Veterinary regulations India, 1925 -
Year: 1925
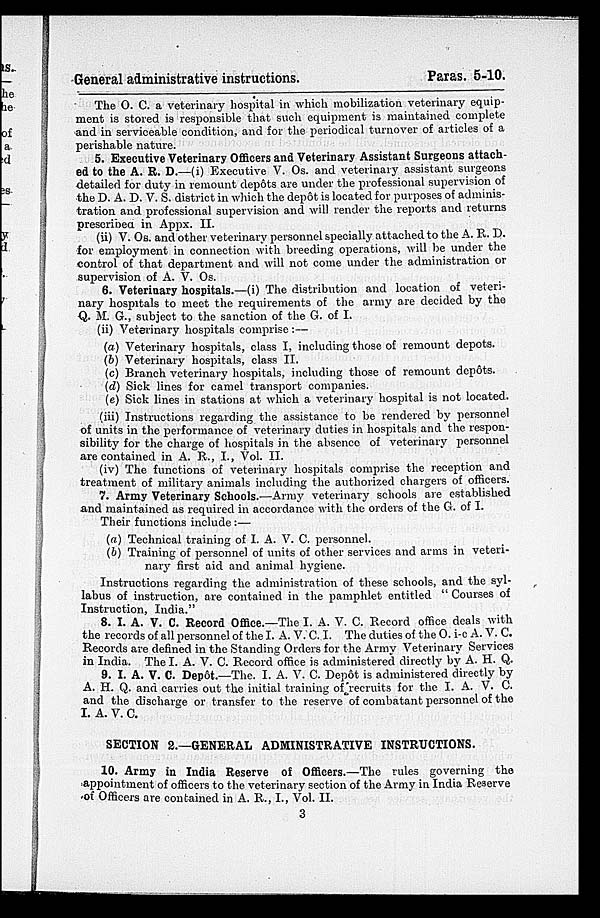
General administrative instructions.
Paras. 5-10.
The O. C. a veterinary hospital in which mobilization veterinary equip-
ment is stored is responsible that such equipment is maintained complete
and in serviceable condition, and for the periodical turnover of articles of a
perishable nature.
5. Executive Veterinary Officers and Veterinary Assistant Surgeons attach-
ed to the A. R. D.—(i) Executive V. Os. and veterinary assistant surgeons
detailed for duty in remount depôts are under the professional supervision of
the D. A. D. V. S. district in which the depôt is located for purposes of adminis-
tration and professional supervision and will render the reports and returns
prescribed in Appx. II.
(ii) V. Os. and other veterinary personnel specially attached to the A. R. D.
for employment in connection with breeding operations, will be under the
control of that department and will not come under the administration or
supervision of A. V. Os.
6. Veterinary hospitals.—(i) The distribution and location of veteri-
nary hospitals to meet the requirements of the army are decided by the
Q. M. G., subject to the sanction of the G. of I.
(ii) Veterinary hospitals comprise :—
(a) Veterinary hospitals, class I, including those of remount depots.
(b) Veterinary hospitals, class II.
(c) Branch veterinary hospitals, including those of remount depots.
(d) Sick lines for camel transport companies.
(e) Sick lines in stations at which a veterinary hospital is not located.
(iii) Instructions regarding the assistance to be rendered by personnel
of units in the performance of veterinary duties in hospitals and the respon-
sibility for the charge of hospitals in the absence of veterinary personnel
are contained in A. R., I., Vol. II.
(iv) The functions of veterinary hospitals comprise the reception and
treatment of military animals including the authorized chargers of officers.
7. Army Veterinary Schools.—Army veterinary schools are established
and maintained as required in accordance with the orders of the G. of I.
Their functions include:—
(a) Technical training of I. A. V. C. personnel.
(b) Training of personnel of units of other services and arms in veteri-
nary first aid and animal hygiene.
Instructions regarding the administration of these schools, and the syl-
labus of instruction, are contained in the pamphlet entitled "Courses of
Instruction, India."
8. I. A. V. C. Record Office.—The I. A. V. C. Record office deals with
the records of all personnel of the I. A. V. C. I. The duties of the O. i-c A. V. C.
Records are defined in the Standing Orders for the Army Veterinary Services
in India. The I. A. V. C. Record office is administered directly by A. H. Q.
9. I. A. V. C. Depôt.—The. I. A. V. C. Depôt is administered directly by
A. H. Q. and carries out the initial training of recruits for the I. A. V. C.
and the discharge or transfer to the reserve of combatant personnel of the
I. A. V. C.
SECTION 2.—GENERAL ADMINISTRATIVE INSTRUCTIONS.
10. Army in India Reserve of Officers.—The rules governing the
appointment of officers to the veterinary section of the Army in India Reserve
of Officers are contained in A. R., I., Vol. II.
3